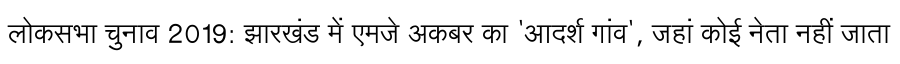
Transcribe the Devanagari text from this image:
लोकसभा चुनाव 2019: झारखंड में एमजे अकबर का 'आदर्श गांव', जहां कोई नेता नहीं जाता